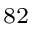
^ { 8 2 }